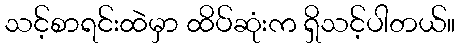
သင့်စာရင်းထဲမှာ ထိပ်ဆုံးက ရှိသင့်ပါတယ်။